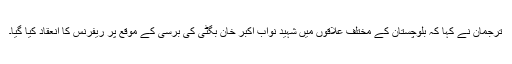
ترجمان نے کہا کہ بلوچستان کے مختلف علاقوں میں شہید نواب اکبر خان بگٹی کی برسی کے موقع پر ریفرنس کا انعقاد کیا گیا۔